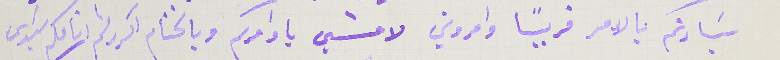
سَيادتكم بالامر قريبًا وامروني لامشي باوامركم وبالختام اكرر لثم انامكم سَيدى